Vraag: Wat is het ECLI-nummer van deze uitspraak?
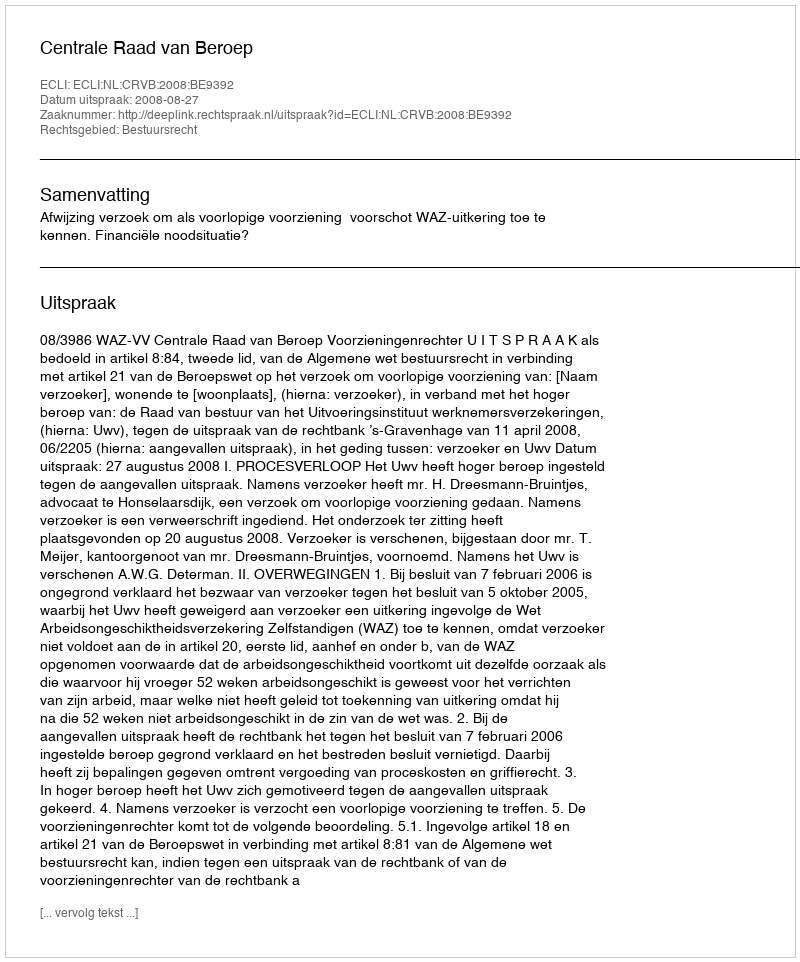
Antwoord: ECLI:NL:CRVB:2008:BE9392